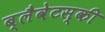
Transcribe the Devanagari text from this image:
ब्लैवेटस्की